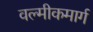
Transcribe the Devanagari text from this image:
वल्मीकमार्ग